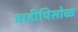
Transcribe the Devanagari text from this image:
वाडीपिसोळ